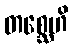
တစ္ဆေဟိ